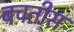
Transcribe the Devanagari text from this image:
बचतीस